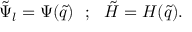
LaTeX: \tilde { \Psi } _ { l } = \Psi ( \tilde { q } ) ~ ~ ; ~ ~ \tilde { H } = H ( \tilde { q } ) .